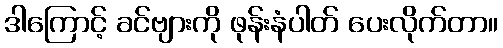
ဒါကြောင့် ခင်ဗျားကို ဖုန်းနံပါတ် ပေးလိုက်တာ။